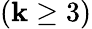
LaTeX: (\mathbf{k}\geq3)